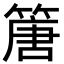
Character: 篖